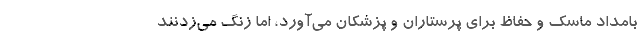
بامداد ماسک و حفاظ برای پرستاران و پزشکان می‌آورد، اما زنگ می‌زدنند